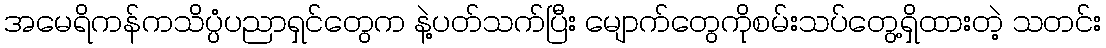
အမေရိကန်ကသိပ္ပံပညာရှင်တွေက နဲ့ပတ်သက်ပြီး မျောက်တွေကိုစမ်းသပ်တွေ့ရှိထားတဲ့ သတင်း